Report of the Municipal Commissioner on the plague in Bombay for the year ending 31st May... - Volume 2
Disease focus: Plague
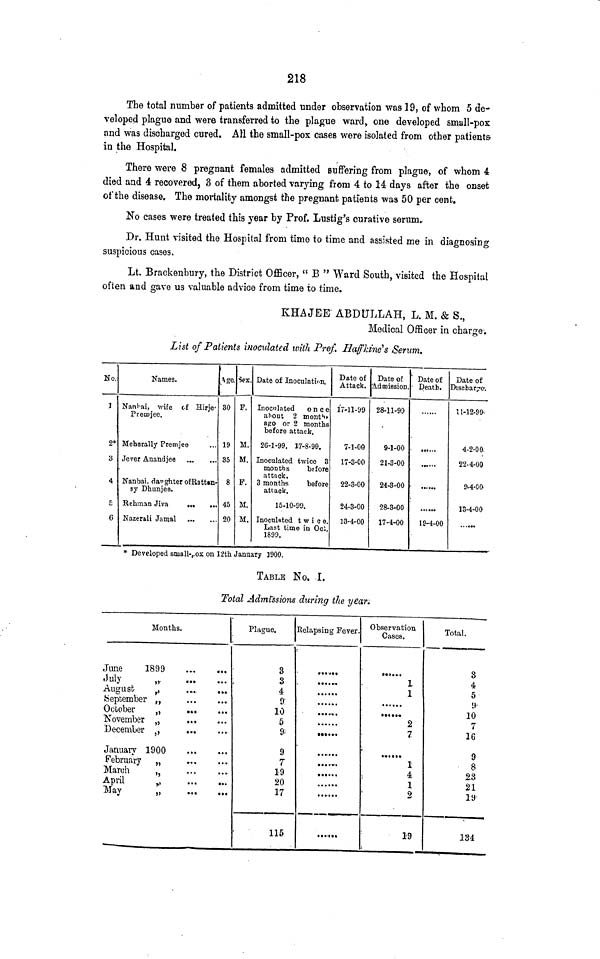
218
The total number of patients admitted under observation was 19, of whom 5 de-
veloped plague and were transferred to the plague ward, one developed small-pox
and was discharged cured. AH the small-pox cases were isolated from other patients-
in the Hospital.
There were 8 pregnant females admitted Buffering from plague, of whom 4
died and 4 recovered, 3 of them aborted varying from 4 to 14 days after the onset
of the disease. The mortality amongst the pregnant patients was 50 per cent.
No cases were treated this year by Prof. Lustig's curative serum-
Dr. Hunt visited the Hospital from time to time and assisted me in diagnosing
suspicious cases.
Lt. Brackenbury, the District Officer, " B " Ward South, visited the Hospital
often and gave us valuable advice from time to time.
KHAJEE ABDULLAH, L. M. & S.,
Medical Officer in charge.
List of Patients maculated with Prof. Haffkino's Senim.
No.
J
2*
3
4
r.
6
Names.
Nanl-ai, wife of Hirje'
Premjee.
Meherally Fremjee
Jever Anandjee
Nanbai. daughter of RatUn-
sy Dhunjee.
Hehman Jiva
...
...
Nazerali Jarqal ...
4ge.
30
19
35
8
45
20
Sex.
F.
M.
M.
F.
M.
M.
Date of Inoculation.
Inoculated once
about 2 montâ
go or 2 months
before attack.
26-1-99. 17-8-99.
Inoculated twice 3
montbs
bffore
attack.
3 months
before
attack.
15-10-99.
Inoculated twice.
Last time in Ocb.
1899.
Date of
Attack.
17-11-99
7-1-00
17-3-00
22-3-00
24-3-00
13-4-00
Date of
Admission.
28-11-99
9-1-00
21-3-00
24-3-00
28-3-00
17-4-00
Date of
Death.
•••«•»
19-4-00
Date of
Discharge.
11-12-99-
4-2-00.
22-4-00
9-4-00-
13-4-00
* Developed small-fOX on 12th January ]900.
TABLE No, I.
Total Admissions during the year.
Months.
June
1899
July
„.
August
j,
.....
....
(September ,,
October
„
...
...
November „
...
...
December ,,
-
January 1900
February „
March
,,
April
„
May
„
Plague.
3
3
4
9'
10
5
9;
9
7
19
20
17
115
Relapsing Fever.
••»» ...
««...-.
»•«.-..
•••«..
»>•••»•
•»• »•••»
»••••«
......
•
• •«••»•
Observation
Cases.
•••••» »
1
1
••«••*
2
7
>»!»•»
1
4
1
2
19
Total.
3
4
*
V
(.).
10
7
16
9
8
23
21
19
134